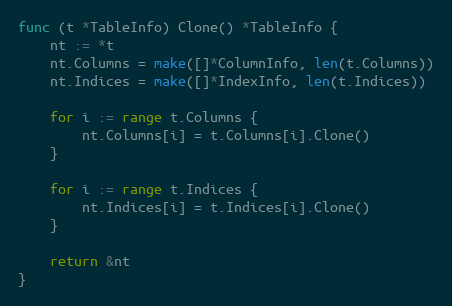
Language: Go
func (t *TableInfo) Clone() *TableInfo {
	nt := *t
	nt.Columns = make([]*ColumnInfo, len(t.Columns))
	nt.Indices = make([]*IndexInfo, len(t.Indices))

	for i := range t.Columns {
		nt.Columns[i] = t.Columns[i].Clone()
	}

	for i := range t.Indices {
		nt.Indices[i] = t.Indices[i].Clone()
	}

	return &nt
}